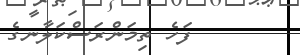
ފަހެ ތިމަންރަސްކަލާނގެ